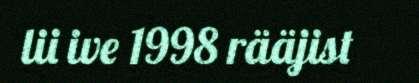
lii ive 1998 rääjist